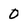
Character: 0